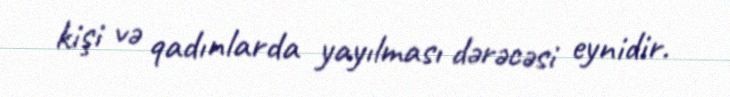
kişi və qadınlarda yayılması dərəcəsi eynidir.